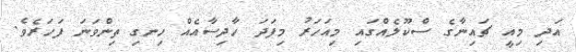
އަދި މިއީ ޗައިނާގެ ސްކޫލެއްގައި މިއަހަރު މިފަދަ ހާދިސާއެއް ހިނގި ތިންވަނަ ފަހަރެވެ.